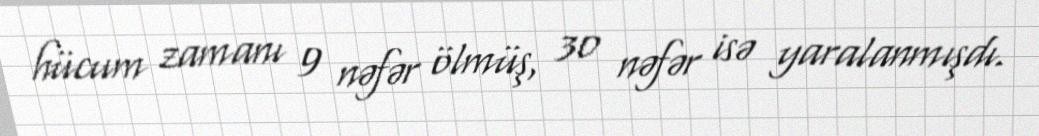
hücum zamanı 9 nəfər ölmüş, 30 nəfər isə yaralanmışdı.